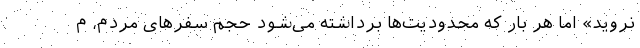
نروید» اما هر بار که محدودیت‌ها برداشته می‌شود حجم سفرهای مردم، م